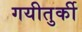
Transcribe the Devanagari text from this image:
गयीतुर्की